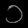
Digit: ၁